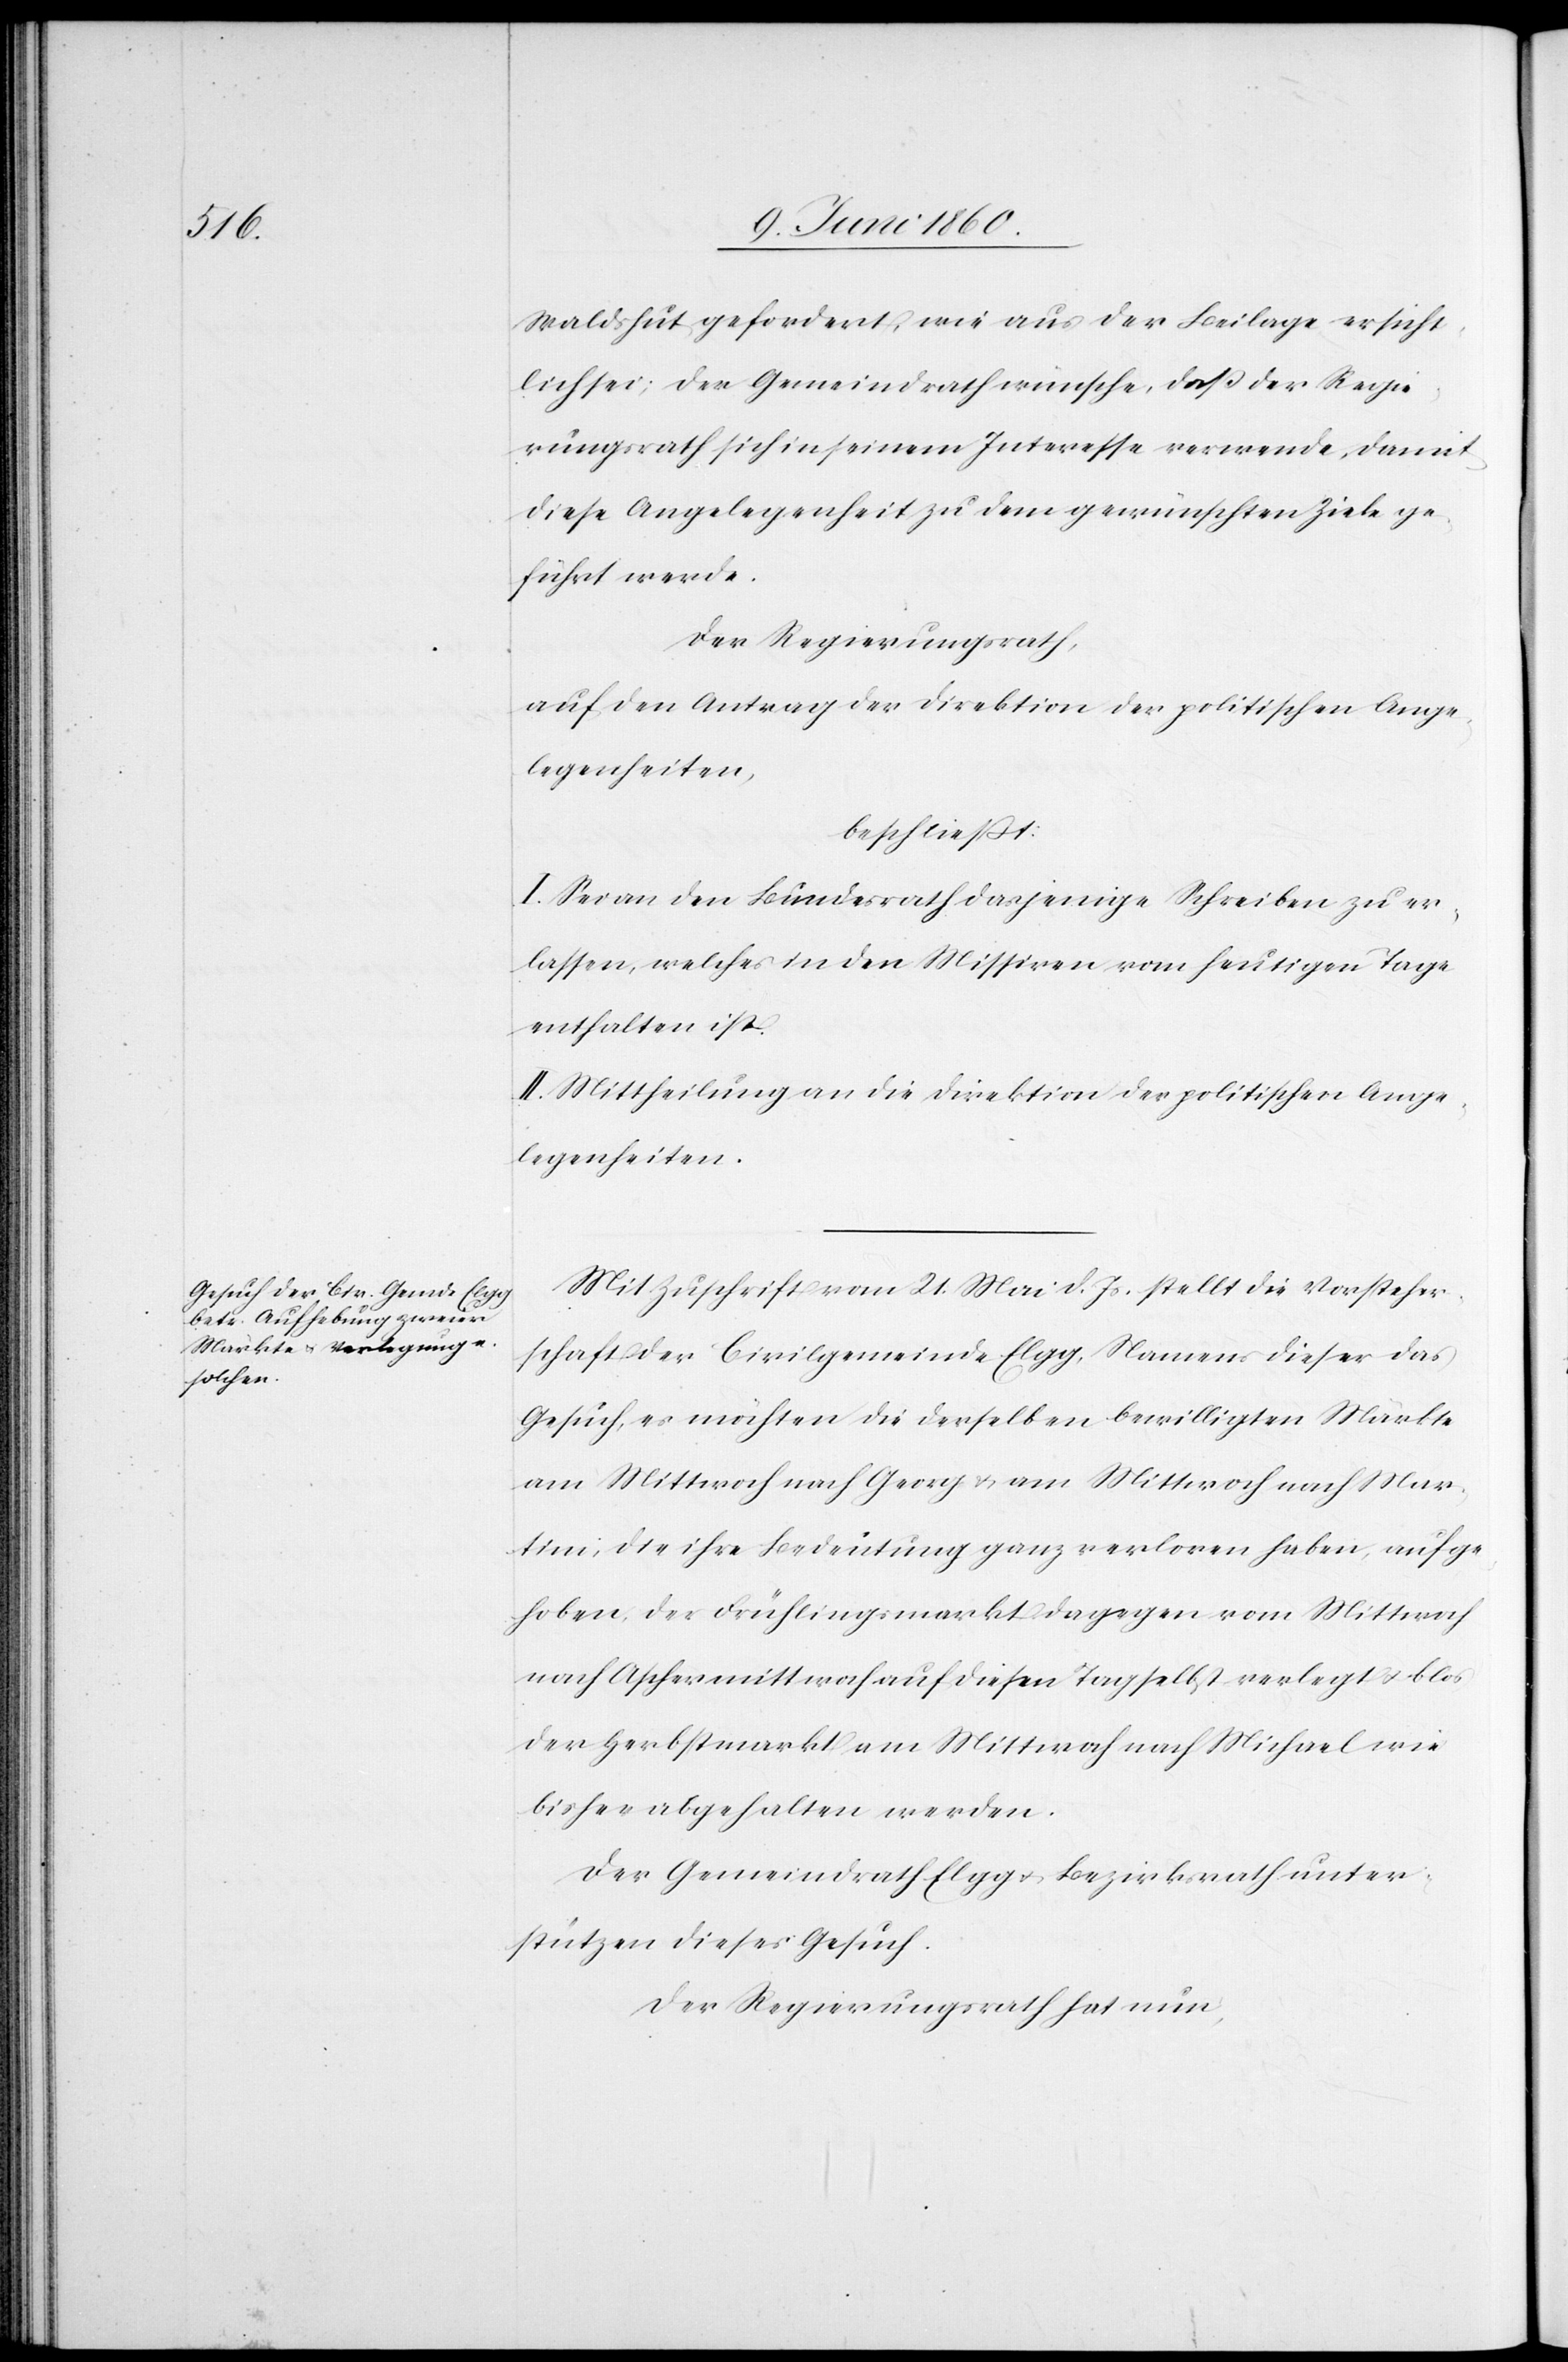
Waldshut gefordert, wie aus der Beilage ersicht¬
lich sei; der Gemeindrath wünsche, dass der Regie¬
rungsrath sich in seinem Interesse verwende, damit
diese Angelegenheit zu dem gewünschten Ziele ge¬
führt werde.
Der Regierungsrath,
auf den Antrag der Direktion der politischen Ange¬
legenheiten,
beschliesst.
I. Sei an den Bundesrath dasjenige Schreiben zu er¬
lassen, welches in den Missiven vom heutigen Tage
enthalten ist.
II. Mittheilung an die Direktion der politischen Ange¬
legenheiten.
Mit Zuschrift vom 21. Mai d. Js. stellt die Vorsteher¬
schaft der Civilgemeinde Elgg, Namens dieser das
Gesuch, es möchten die derselben bewilligten Märkte
am Mittwoch nach Georg u. am Mittwoch nach Mar¬
tini, die ihre Bedeutung ganz verloren haben, aufge¬
hoben, der Frühlingsmarkt dagegen vom Mittwoch
nach Aschermittwoch auf diesen Tag selbst verlegt u. blos
der Herbstmarkt am Mittwoch nach Michael wie
bisher abgehalten werden.
Der Gemeindrath Elgg u. Bezirksrath unter¬
stützen dieses Gesuch.
Der Regierungsrath hat nun,